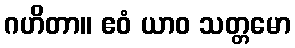
ဂဟိတာ။ ဧဝံ ယာဝ သတ္တမော